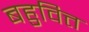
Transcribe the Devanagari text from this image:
बहुवित्त